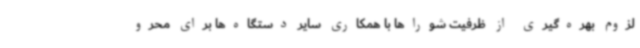
لزوم بهره‌گیری از ظرفیت شوراها با همکاری سایر دستگاه‌ها برای محرو